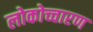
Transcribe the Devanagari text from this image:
लोकोच्चारण